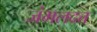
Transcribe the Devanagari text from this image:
जंभलदत्त